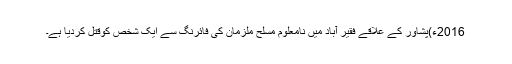
2016ء)پشاور کے علاقے فقیر آباد میں نامعلوم مسلح ملزمان کی فائرنگ سے ایک شخص کوقتل کردیا ہے۔